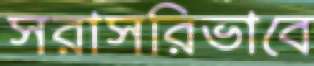
সরাসরিভাবে